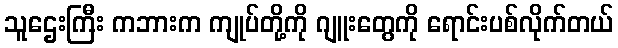
သူဌေးကြီး ကဘားက ကျုပ်တို့ကို ဂျူးတွေကို ရောင်းပစ်လိုက်တယ်